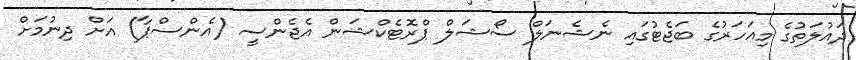
ދައުލަތުގެ މިއަހަަރުގެ ބަޖެޓުގައި ނެޝެނަލް ސޯޝަލް ޕްރޮޓެކްޝަން އެޖެންސީ (އެންސްޕާ) އަށް ދިނުމަށް